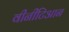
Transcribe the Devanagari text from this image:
वीनीटिआन